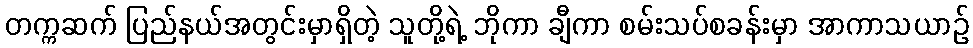
တက္ကဆက် ပြည်နယ်အတွင်းမှာရှိတဲ့ သူတို့ရဲ့ ဘိုကာ ချီကာ စမ်းသပ်စခန်းမှာ အာကာသယာဉ်